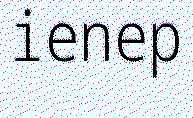
ienep